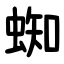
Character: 蜘